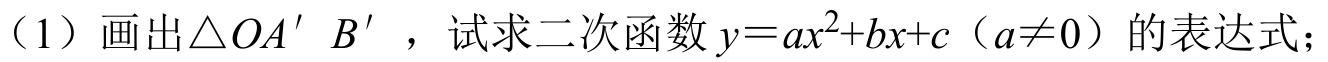
（1）画出\(\triangle OA'B'\)，试求二次函数\(y = ax^{2}+bx + c\)（\(a\neq0\)）的表达式；